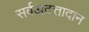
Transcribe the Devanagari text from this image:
सर्वअदत्तादान